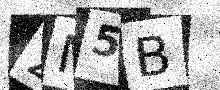
Text: 2M5B